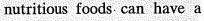
nutritious foods can have a